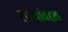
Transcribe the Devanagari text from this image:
साऱ्यांबद्दल